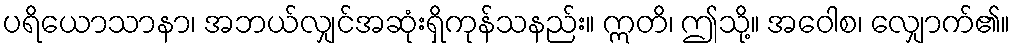
ပရိယောသာနာ၊ အဘယ်လျှင်အဆုံးရှိကုန်သနည်း။ ဣတိ၊ ဤသို့။ အဝေါစ၊ လျှောက်၏။